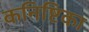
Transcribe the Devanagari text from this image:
कनिष्टिका